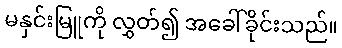
မနှင်းမြူကို လွှတ်၍ အခေါ်ခိုင်းသည်။